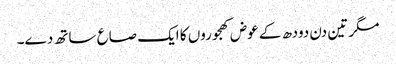
مگر تین دن دودھ کے عوض کھجوروں کا ایک صاع ساتھ دے۔